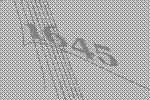
1645